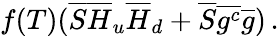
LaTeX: f(T)(\overline{{{S}}}\overline{{{H}}}_{u}\overline{{{H}}}_{d}+\overline{{{S}}}\overline{{{g^{c}}}}\overline{{{g}}})\, .